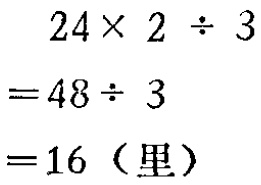
\[

\begin{align*}

&24\times 2\div 3\\

=&48\div 3\\

=&16（里）

\end{align*}

\]